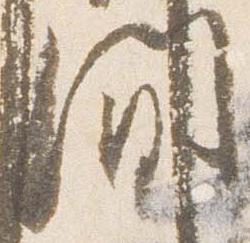
間